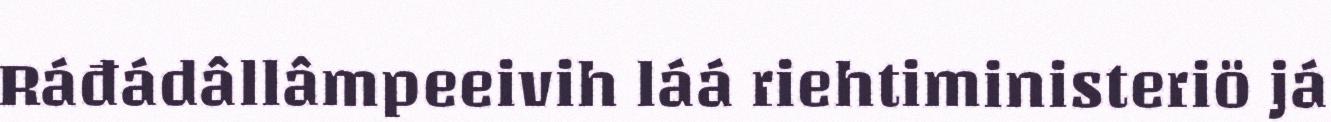
Ráđádâllâmpeeivih láá riehtiministeriö já